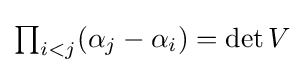
{\textstyle \prod _{i<j}(\alpha _{j}-\alpha _{i})=\det V}